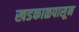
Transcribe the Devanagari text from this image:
खडकाळपासून